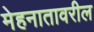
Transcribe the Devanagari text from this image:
मेहनातावरील